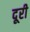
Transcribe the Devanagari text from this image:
दूरी